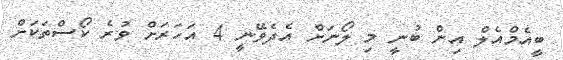
ބީއެމްއެލް އިން ބުނީ މި ލޯނަށް އެދެވޭނީ 4 އަހަރަށް ވުރެ ކޯސްތަކަށް